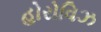
હોરોવિઝ